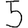
Digit: 5